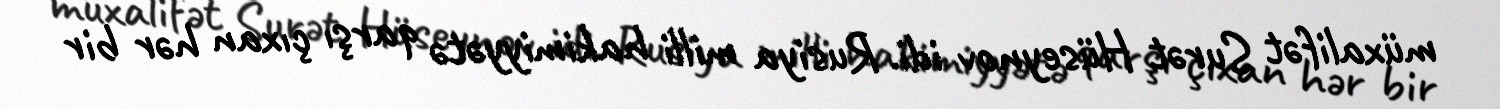
müxalifət Surət Hüseynov idi. Rusiya milli hakimiyyətə qarşı çıxan hər bir